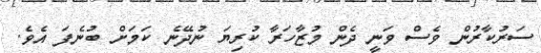
ސަރުކާރުން ވެސް ވަނީ ދެން މުޒާހަރާ ކުރިޔަ ނުދޭނެ ކަމަށް ބުނެފަ އެވެ.